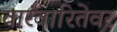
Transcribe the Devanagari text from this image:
वारंवारितेवर